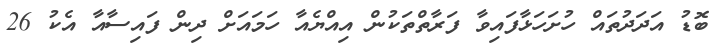
ބޮޑު އަދަދުތައް ހުށަހަޅާފައިވާ ފަރާތްތަކުން އިއްޔެއާ ހަމައަށް ދިން ފައިސާއާ އެކު 26